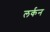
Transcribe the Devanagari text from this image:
लर्कन